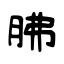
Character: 胇